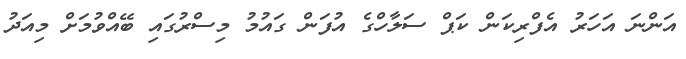
އަންނަ އަހަރު އެފްރިކަން ކަޕް ސަލާހްގެ އުފަން ގައުމު މިސްރުގައި ބޭއްވުމަށް މިއަދު